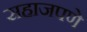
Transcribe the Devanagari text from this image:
सहाजपणे